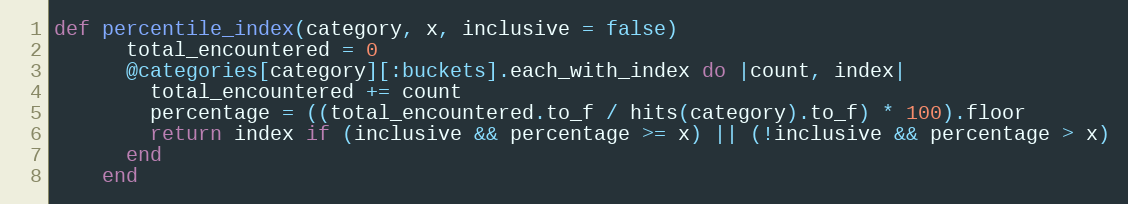
Language: Ruby
def percentile_index(category, x, inclusive = false)
      total_encountered = 0
      @categories[category][:buckets].each_with_index do |count, index|
        total_encountered += count
        percentage = ((total_encountered.to_f / hits(category).to_f) * 100).floor
        return index if (inclusive && percentage >= x) || (!inclusive && percentage > x)
      end
    end